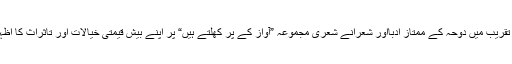
اس اہم تقریب میں دوحہ کے ممتاز ادبااور شعرانے شعری مجموعہ ”آواز کے پر کھلتے ہیں“ پر اپنے بیش قیمتی خیالات اور تاثراث کا اظہار کیا۔